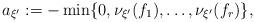
LaTeX: \begin{align*}a_{\xi'}:=-\min\{0,\nu_{\xi'}(f_1),\dots,\nu_{\xi'}(f_r)\},\end{align*}